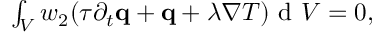
\begin{array} { r } { \int \displaylimits _ { V } w _ { 2 } ( \tau \partial _ { t } \mathbf q + \mathbf q + \lambda \nabla T ) \textrm { d } V = 0 , } \end{array}